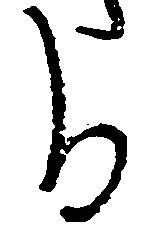
る